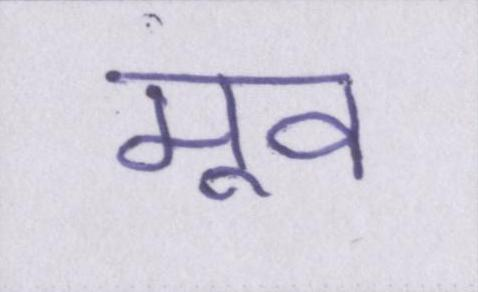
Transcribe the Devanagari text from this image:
मूव